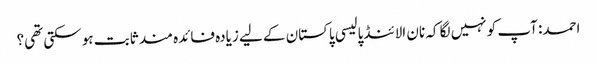
احمد: آپ کو نہیں لگا کہ نان الائنڈ پالیسی پاکستان کے لیے زیادہ فائدہ مند ثابت ہو سکتی تھی؟